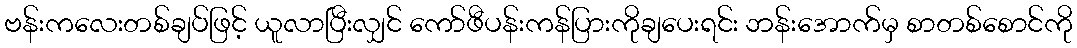
ဗန်းကလေးတစ်ချပ်ဖြင့် ယူလာပြီးလျှင် ကော်ဖီပန်းကန်ပြားကိုချပေးရင်း ဘန်းအောက်မှ စာတစ်စောင်ကို